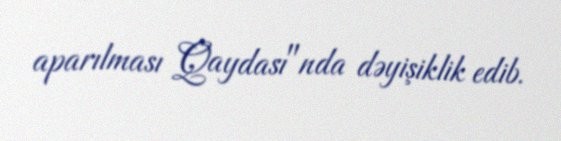
aparılması Qaydası"nda dəyişiklik edib.